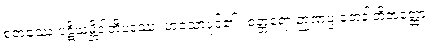
စတဿေ ပဋိသမ္ဘိဒါတိပဒဿ၊ ဟူသောပုဒ်၏။ စတ္တရော ဉာဏပ္ပ ဘေဒါတိအတ္ထော၊